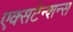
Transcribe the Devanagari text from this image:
एक्सटेन्शन्स